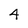
Character: 4